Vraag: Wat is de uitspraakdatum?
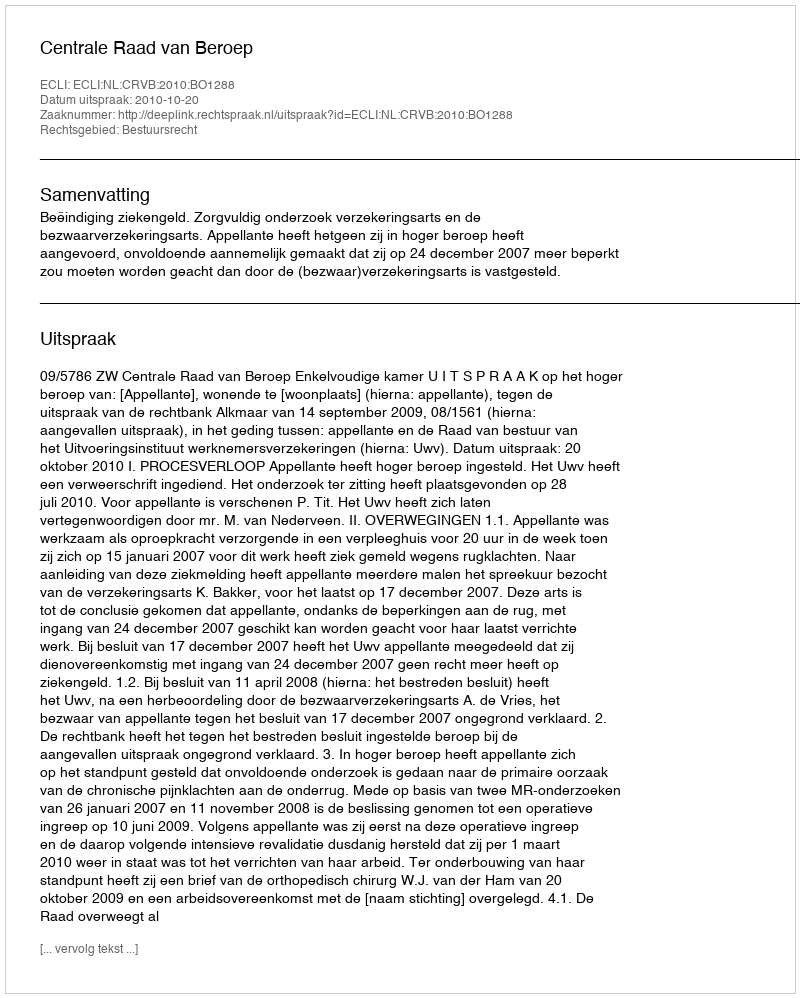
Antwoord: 2010-10-20